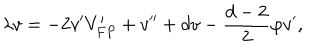
\lambda v = - 2 v ^ { \prime } V _ { F P } ^ { \prime } + v ^ { \prime \prime } + d v - \frac { d - 2 } { 2 } \varphi v ^ { \prime } ,